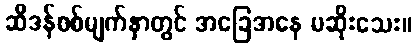
ဆီဒန်စစ်မျက်နှာတွင် အခြေအနေ မဆိုးသေး။